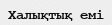
Халықтық емі